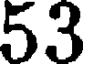
53